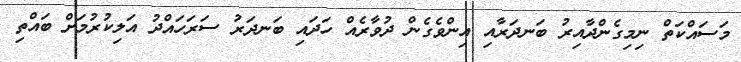
މަސައްކަތް ނިމިގެންދާއިރު ބަނދަރާއި އިންވެގެން ދުވާރެއް ހަދައި ބަނދަރު ސަރަހައްދު އަލިކުރުމަށް ބައްތި